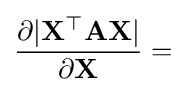
{\frac {\partial |\mathbf {X^{\top }} \mathbf {A} \mathbf {X} |}{\partial \mathbf {X} }}=